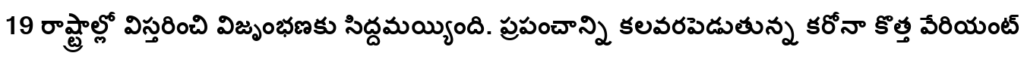
19 రాష్ట్రాల్లో విస్తరించి విజృంభణకు సిద్దమయ్యింది. ప్రపంచాన్ని కలవరపెడుతున్న కరోనా కొత్త వేరియంట్